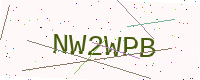
Text: NW2WPB